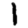
Digit: 1